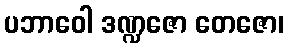
ပဘာဝေါ ဒဏ္ဍဇော တေဇော၊